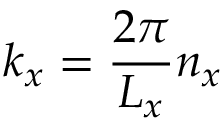
k _ { x } = \frac { 2 \pi } { L _ { x } } n _ { x }